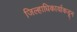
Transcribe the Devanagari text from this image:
जिल्हाधिकार्याकडून